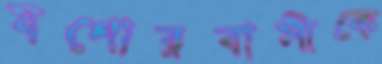
যশোরবাসীকে